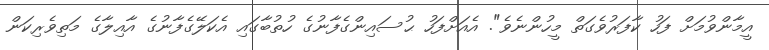
އީމާންވުމަށް ފަހު ކާފަރުވެގަތް މީހުންނެވެ". އެއަށްފަހު ޙުސައިންގެފާނުގެ ހުތުބާގައި އެކަލޭގެފާނުގެ އާއިލާގެ މަތިވެރިކަން